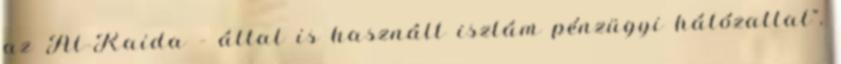
az Al-Kaida – által is használt iszlám pénzügyi hálózattal”.